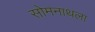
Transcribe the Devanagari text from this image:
सोमनाथला